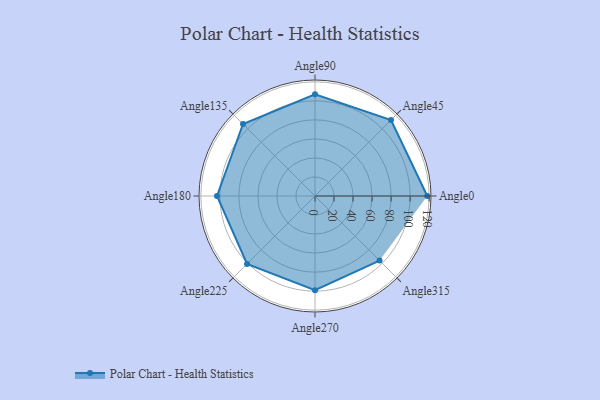
{"axis": {"x": "Angle", "y": "Radius"}, "legend": [""], "data": [{"x": "Angle0", "y": 118.0, "type": ""}, {"x": "Angle45", "y": 113.0, "type": ""}, {"x": "Angle90", "y": 107.0, "type": ""}, {"x": "Angle135", "y": 107.0, "type": ""}, {"x": "Angle180", "y": 103.0, "type": ""}, {"x": "Angle225", "y": 101.0, "type": ""}, {"x": "Angle270", "y": 99.0, "type": ""}, {"x": "Angle315", "y": 96.0, "type": ""}]}